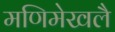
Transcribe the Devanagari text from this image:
मणिमेखलै